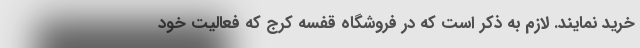
خرید نمایند. لازم به ذکر است که در فروشگاه قفسه کرج که فعالیت خود